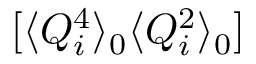
[ \langle Q _ { i } ^ { 4 } \rangle _ { 0 } \langle Q _ { i } ^ { 2 } \rangle _ { 0 } ]